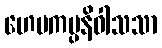
ဟေမကပ္ပနိဝါသသာ